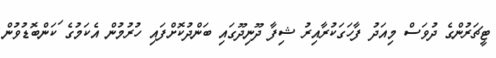
ޓީޗަރުންގެ ދުވަސް މިއަދު ފާހަގަކުރާއިރު ޝިފާ ދޫނިދޫގައި ބަންދުކޮށްފައި ހުރުމުން އެކަމުގެ ަކަންބޮޑުވުން